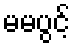
မမပွင့်